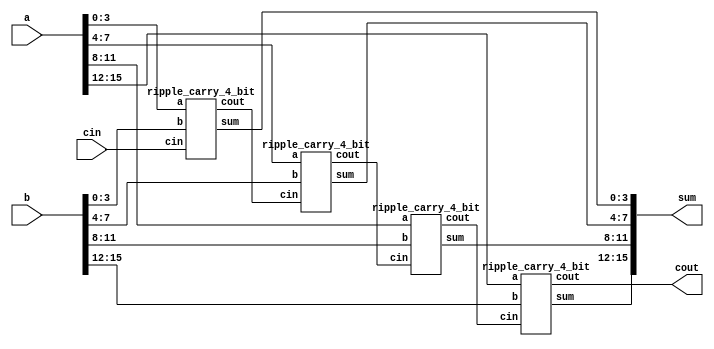
`timescale 1ns / 1ps
//////////////////////////////////////
//16-bit Ripple Carry Adder 
/////////////////////////////////////
 
module ripple_carry_16_bit(a, b, cin,sum, cout);
	input [15:0] a,b;
	input cin;
	output [15:0] sum;
	output cout;
	wire c1,c2,c3;

	ripple_carry_4_bit rca1 (
	.a(a[3:0]),
	.b(b[3:0]),
	.cin(cin), 
	.sum(sum[3:0]),
	.cout(c1));

	ripple_carry_4_bit rca2(
	.a(a[7:4]),
	.b(b[7:4]),
	.cin(c1),
	.sum(sum[7:4]),
	.cout(c2));

	ripple_carry_4_bit rca3(
	.a(a[11:8]),
	.b(b[11:8]),
	.cin(c2),
	.sum(sum[11:8]),
	.cout(c3));

	ripple_carry_4_bit rca4(
	.a(a[15:12]),
	.b(b[15:12]),
	.cin(c3),
	.sum(sum[15:12]),
	.cout(cout));
endmodule
 
////////////////////////////////////
//4-bit Ripple Carry Adder
////////////////////////////////////
 
module ripple_carry_4_bit(a, b, cin, sum, cout);
	input [3:0] a,b;
	input cin;
	wire c1,c2,c3;
	output [3:0] sum;
	output cout;
	 
	full_adder fa0(.a(a[0]), .b(b[0]),.cin(cin), .sum(sum[0]),.cout(c1));
	full_adder fa1(.a(a[1]), .b(b[1]), .cin(c1), .sum(sum[1]),.cout(c2));
	full_adder fa2(.a(a[2]), .b(b[2]), .cin(c2), .sum(sum[2]),.cout(c3));
	full_adder fa3(.a(a[3]), .b(b[3]), .cin(c3), .sum(sum[3]),.cout(cout));
endmodule
 
//////////////////////////////
//1bit Full Adder
/////////////////////////////
module full_adder(a,b,cin,sum, cout);
	input a,b,cin;
	output sum, cout;
	wire x,y,z;
	half_adder h1(.a(a), .b(b), .sum(x), .cout(y));
	half_adder h2(.a(x), .b(cin), .sum(sum), .cout(z));
	or or_1(cout,z,y);
endmodule
 
///////////////////////////
// 1 bit Half Adder
//////////////////////////
module half_adder( a,b, sum, cout );
	input a,b;
	output sum, cout;
	xor xor_1 (sum,a,b);
	and and_1 (cout,a,b);
endmodule